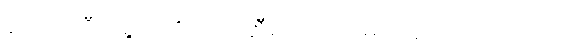
မောင်ကြီးရွှေဝါကို ဖျက်ဆီးတဲ့အထဲမှာ သူလည်း ပါတယ်